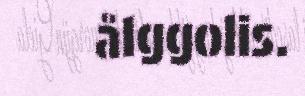
ålggolis.